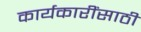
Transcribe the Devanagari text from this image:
कार्यकारींसाठी